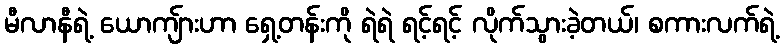
မီလာနီရဲ့ ယောကျ်ားဟာ ရှေ့တန်းကို ရဲရဲ ရင့်ရင့် လိုက်သွားခဲ့တယ်၊ စကားလက်ရဲ့